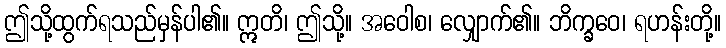
ဤသို့ထွက်ရသည်မှန်ပါ၏။ ဣတိ၊ ဤသို့။ အဝေါစ၊ လျှောက်၏။ ဘိက္ခဝေ၊ ရဟန်းတို့။